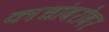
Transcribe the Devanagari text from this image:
काचांबरोबर